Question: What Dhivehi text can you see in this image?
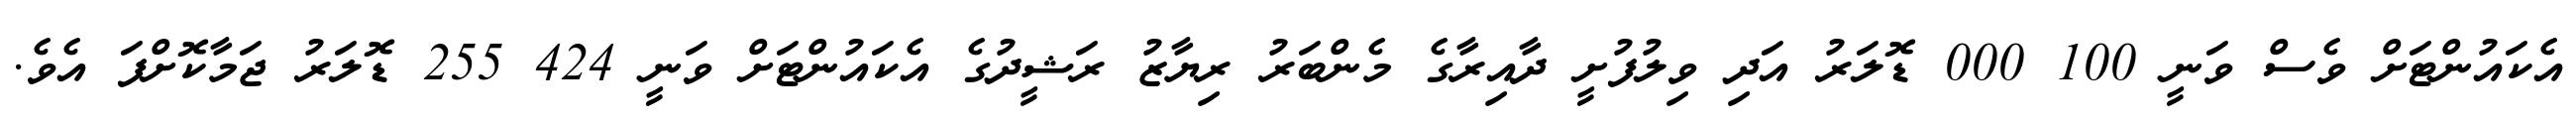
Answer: އެކައުންޓަށް ވެސް ވަނީ 100 000 ޑޮލަރު އަދި ވިލުފުށީ ދާއިރާގެ މެންބަރު ރިޔާޒު ރަޝީދުގެ އެކައުންޓަށް ވަނީ 424 255 ޑޮލަރު ޖަމާކޮށްފަ އެވެ.